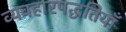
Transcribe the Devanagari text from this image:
व्यवहारपद्धतियाँ